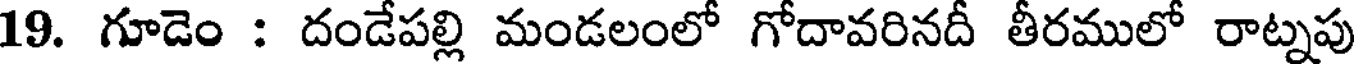
19. గూడెం : దండేపల్లి మండలంలో గోదావరినదీ తీరములో రాట్నపు